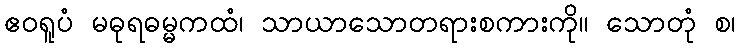
ဧဝရူပံ မဓုရဓမ္မကထံ၊ သာယာသောတရားစကားကို။ သောတုံ စ၊